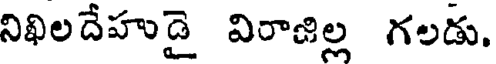
నిఖిలదేహుడై విరాజిల్ల గలడు.